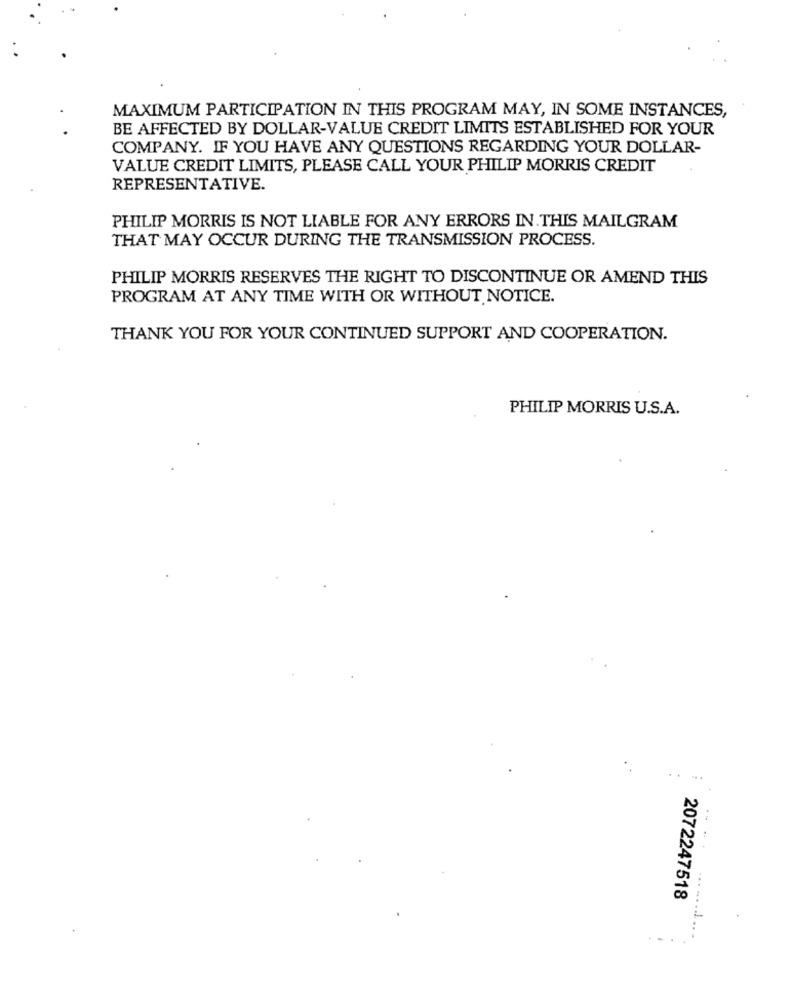
MAXIMUM PARTICIPATION IN THIS PROGRAM MAY, IN SOME INSTANCES,
BE AFFECTED BY DOLLAR-VALUE CREDIT LIMITS ESTABLISHED FOR YOUR
COMPANY. IF YOU HAVE ANY QUESTIONS REGARDING YOUR DOLLAR-
VALUE CREDIT LIMITS, PLEASE CALL YOUR PHILIP MORRIS CREDIT
REPRESENTATIVE.
PHILIP MORRIS IS NOT LIABLE FOR ANY ERRORS IN. THIS MAILGRAM
THAT MAY OCCUR DURING THE TRANSMISSION PROCESS.
PHILIP MORRIS RESERVES THE RIGHT TO DISCONTINUE OR AMEND THIS
PROGRAM AT ANY TIME WITH OR WITHOUT NOTICE.
THANK YOU FOR YOUR CONTINUED SUPPORT AND COOPERATION.
PHILIP MORRIS U.S.A.
2072247518